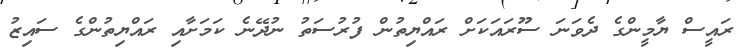
ރައީސް ޔާމީންގެ ދެވަނަ ސޫރައަކަށް ރައްޔިތުން ފުރުސަތު ނުދޭނެ ކަމަށާއި ރައްޔިތުންގެ ސައިޒު